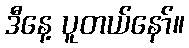
ဒီနေ့ ပူတယ်နော်။